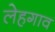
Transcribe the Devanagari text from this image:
लेहगाव